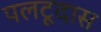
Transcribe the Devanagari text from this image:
पलटूदास